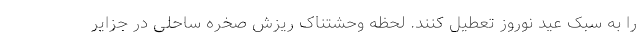
را به سبک عید نوروز تعطیل کنند. لحظه وحشتناک ریزش صخره ساحلی در جزایر